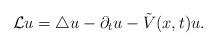
LaTeX: \begin{align*} \mathcal{L} u=\triangle u -\partial_t u-\tilde{V}(x, t)u.\end{align*}